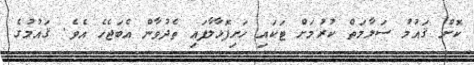
ކޮށް ޤައުމު ސަލާމަތް ކުރުމަށް ޓަކައި ހަށިފޮޅާލާފައި ތެދުވާން އެބަޖެހެ އެވެ. ޤައުމުގެ